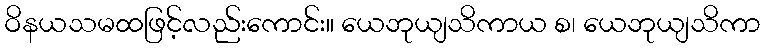
ဝိနယသမထဖြင့်လည်းကောင်း။ ယေဘုယျသိကာယ စ၊ ယေဘုယျသိကာ